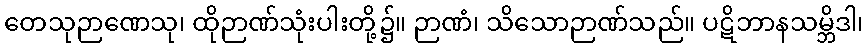
တေသုဉာဏေသု၊ ထိုဉာဏ်သုံးပါးတို့၌။ ဉာဏံ၊ သိသောဉာဏ်သည်။ ပဋိဘာနသမ္ဘိဒါ၊